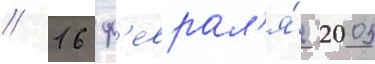
// 16 ф'еврал'я́ 2005